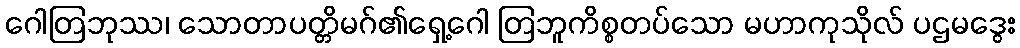
ဂေါတြဘုဿ၊ သောတာပတ္တိမဂ်၏ရှေ့ဂေါ တြဘူကိစ္စတပ်သော မဟာကုသိုလ် ပဌမဒွေး